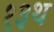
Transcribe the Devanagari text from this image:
१३थ